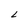
Character: L